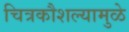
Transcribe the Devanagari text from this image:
चित्रकौशल्यामुळे